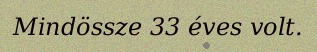
Mindössze 33 éves volt.